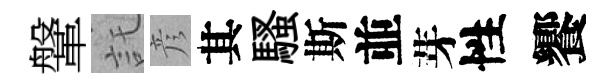
鞶託彦其騷斯並芽性饗